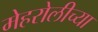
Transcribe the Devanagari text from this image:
मेहरोलीच्या